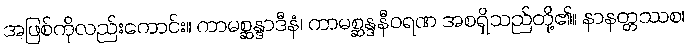
အဖြစ်ကိုလည်းကောင်း။ ကာမစ္ဆန္ဒာဒီနံ၊ ကာမစ္ဆန္ဒနီဝရဏ အစရှိသည်တို့၏။ နာနတ္တဿစ၊